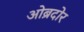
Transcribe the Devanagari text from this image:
ओब्रदोर